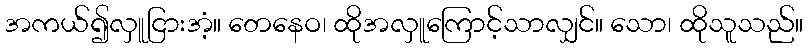
အကယ်၍လှူငြားအံ့။ တေနေဝ၊ ထိုအလှူကြောင့်သာလျှင်။ သော၊ ထိုသူသည်။